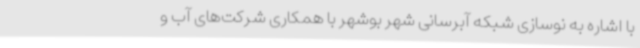
با اشاره به نوسازی شبکه آبرسانی شهر بوشهر با همکاری شرکت‌های آب و